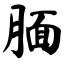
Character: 腼